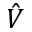
\hat { V }